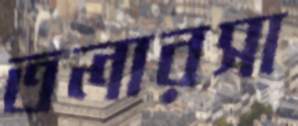
তলারসা